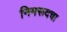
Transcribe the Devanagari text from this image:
निमरूदचा